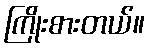
ကြိုးစားတယ်။